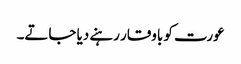
عورت کو باوقار رہنے دیا جاتے۔